Eesti_Rahvusfond, lk 115
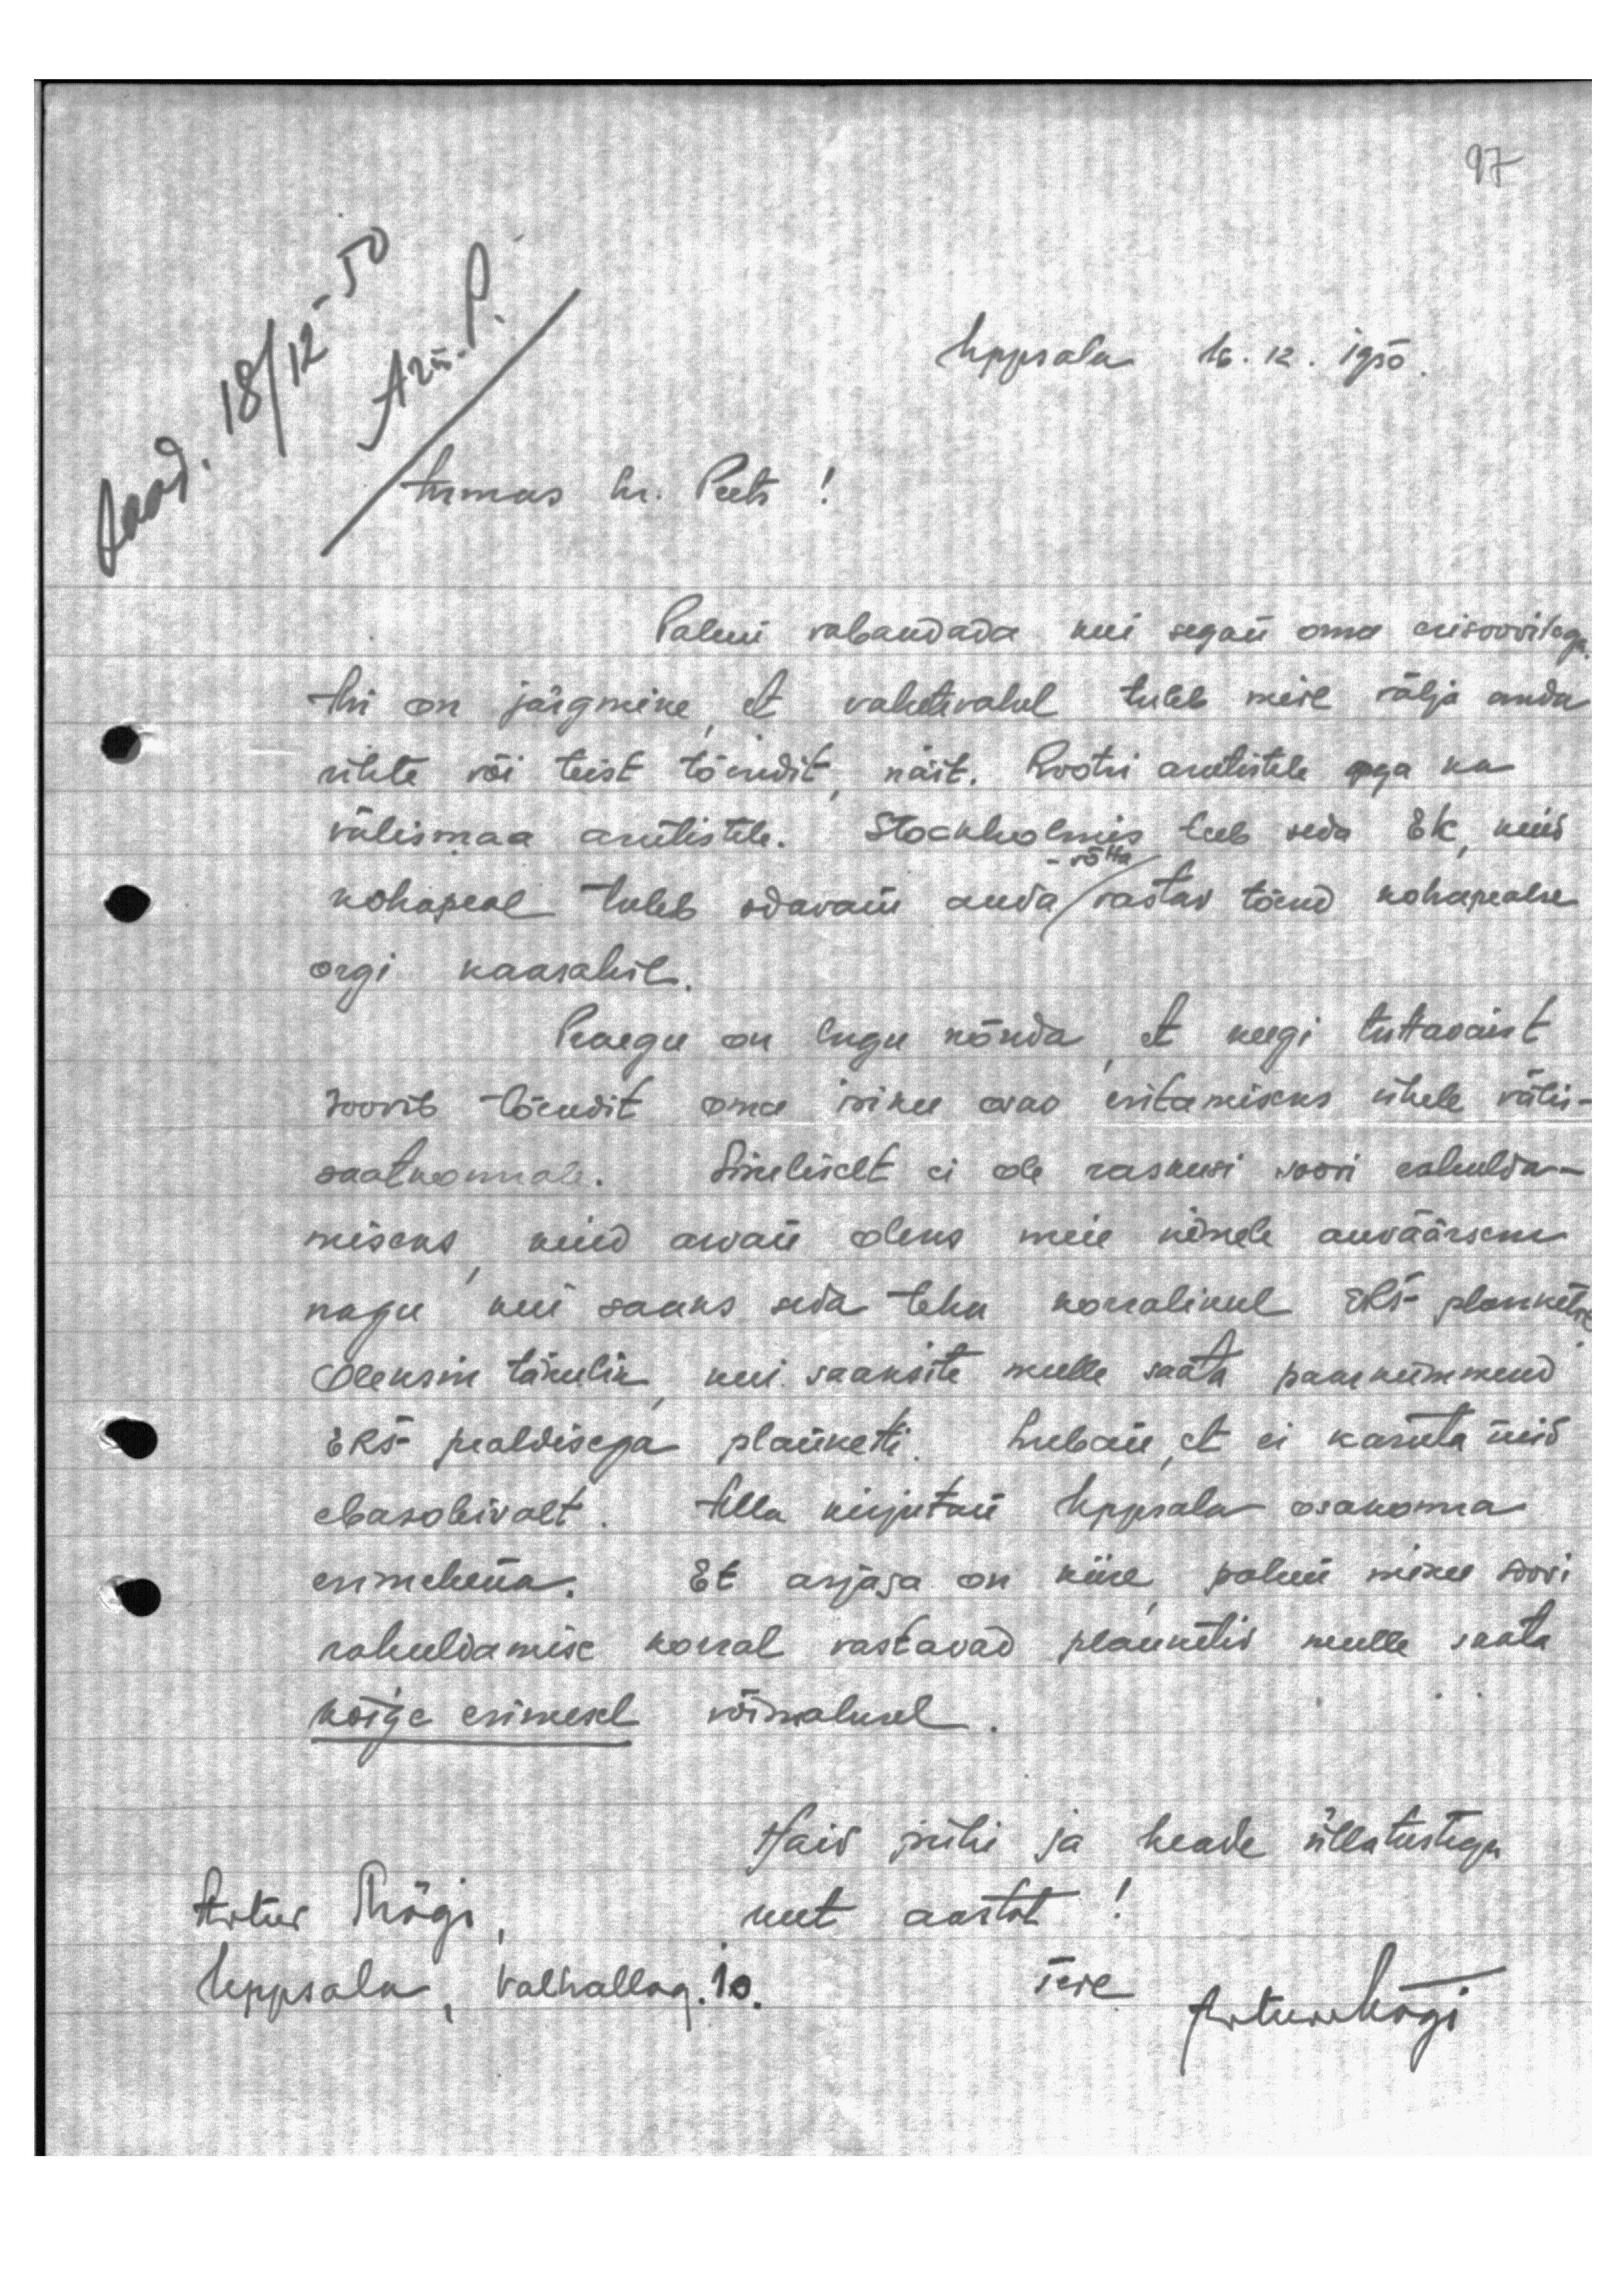
Saad. 18/12.50
Armas hr. Peets!

Uppsala 16.12.1950

Palun vabandada kui segan oma erisoovitega.
Asi on järgmine, et vahetevahel tuleb meil välja anda
ühte või teist tõendit, näit. Rootsi asutistele aga ka
välismaa asutistele. Stockholmis teeb seda Ek, kuid
kohapeal tuleb odavam anda-võtta vastav tõend kohapealse
orgi kaasabil.
Praegu on lugu nõnda, et keegi tuttavaist
soovib tõendit oma isiku osas esitamiseks ühele välis-
saatkonnale. Sisuliselt ei ole raskusi soovi rahulda-
miseks, kuid arvan oleks meie nimele auväärsem
nagu kui saaks seda teha korralikul EFR planketil
Oleksin tänulik, kui saaksite mulle saata paarkümmend
ERF pealdisega planketi. Luban, et ei kasuta neid
ebasobivalt. Alla kirjutan Uppsala osakonna
esimehena. Et asjaga on kiire, palun minu soovi
rahuldamise korral vastavad planketid mulle saata
kõige esimesel võimalusel.
Häid pühi ja heade üllatustega
Artur Mägi,
uut aastat!
Uppsala, Valhallag. 10.
Teie ArturMägi